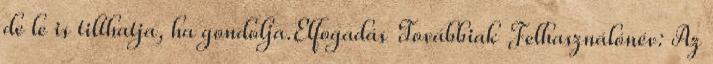
de le is tilthatja, ha gondolja.Elfogadás Továbbiak Felhasználónév: Az